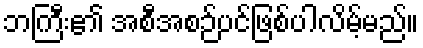
ဘကြီး၏ အစီအစဉ်ပင်ဖြစ်ပါလိမ့်မည်။